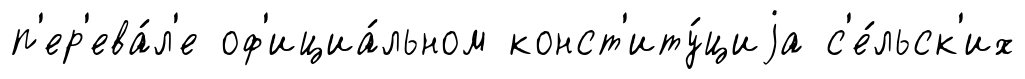
п'ер'ева́л'е оф'ициа́льном конст'иту́циjа с'е́льск'их